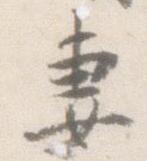
妻